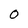
Character: 0